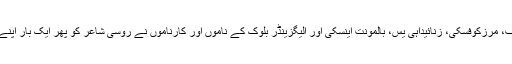
شاعر بریوسف، وسلویوف، ایوانوف، مرزکوفسکی، زنائیداہی یس، بالمونت اینسکی اور الیگزینڈر بلوک کے ناموں اور کارناموں نے روسی شاعر کو پھر ایک بار اپنے یورپی ہم زبانوں کا ہم قد کر دیا۔